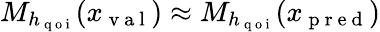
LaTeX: M_{h_{\mathrm{~q~o~i~}}}(x_{\mathrm{~v~a~l~}})\approx M_{h_{\mathrm{~q~o~i~}}}(x_{\mathrm{~p~r~e~d~}})